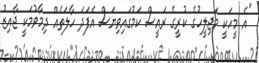
"އެ މީހަކީ މަޖިލީހުގެ ކުރީގެ ރައީސް ކަމުގައިވިޔަސް އެފަދަ ހާލަތެއް ދިމާވުމަކީ ޖާއިޒު